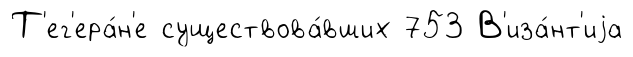
Т'ег'ера́н'е существова́вших 753 В'иза́нт'иjа